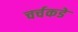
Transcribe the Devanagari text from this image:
चर्चकडे